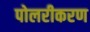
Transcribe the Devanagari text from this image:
पोलरीकरण